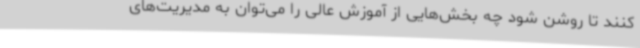
کنند تا روشن شود چه بخش‌هایی از آموزش عالی را می‌توان به مدیریت‌های